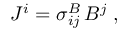
{ J } ^ { i } = { \sigma } _ { i j } ^ { B } \, { B } ^ { j } \; ,